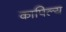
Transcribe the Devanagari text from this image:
कापिल्य